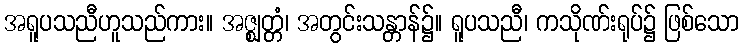
အရူပသညီဟူသည်ကား။ အဇ္ဈတ္တံ၊ အတွင်းသန္တာန်၌။ ရူပသညီ၊ ကသိုဏ်းရုပ်၌ ဖြစ်သော